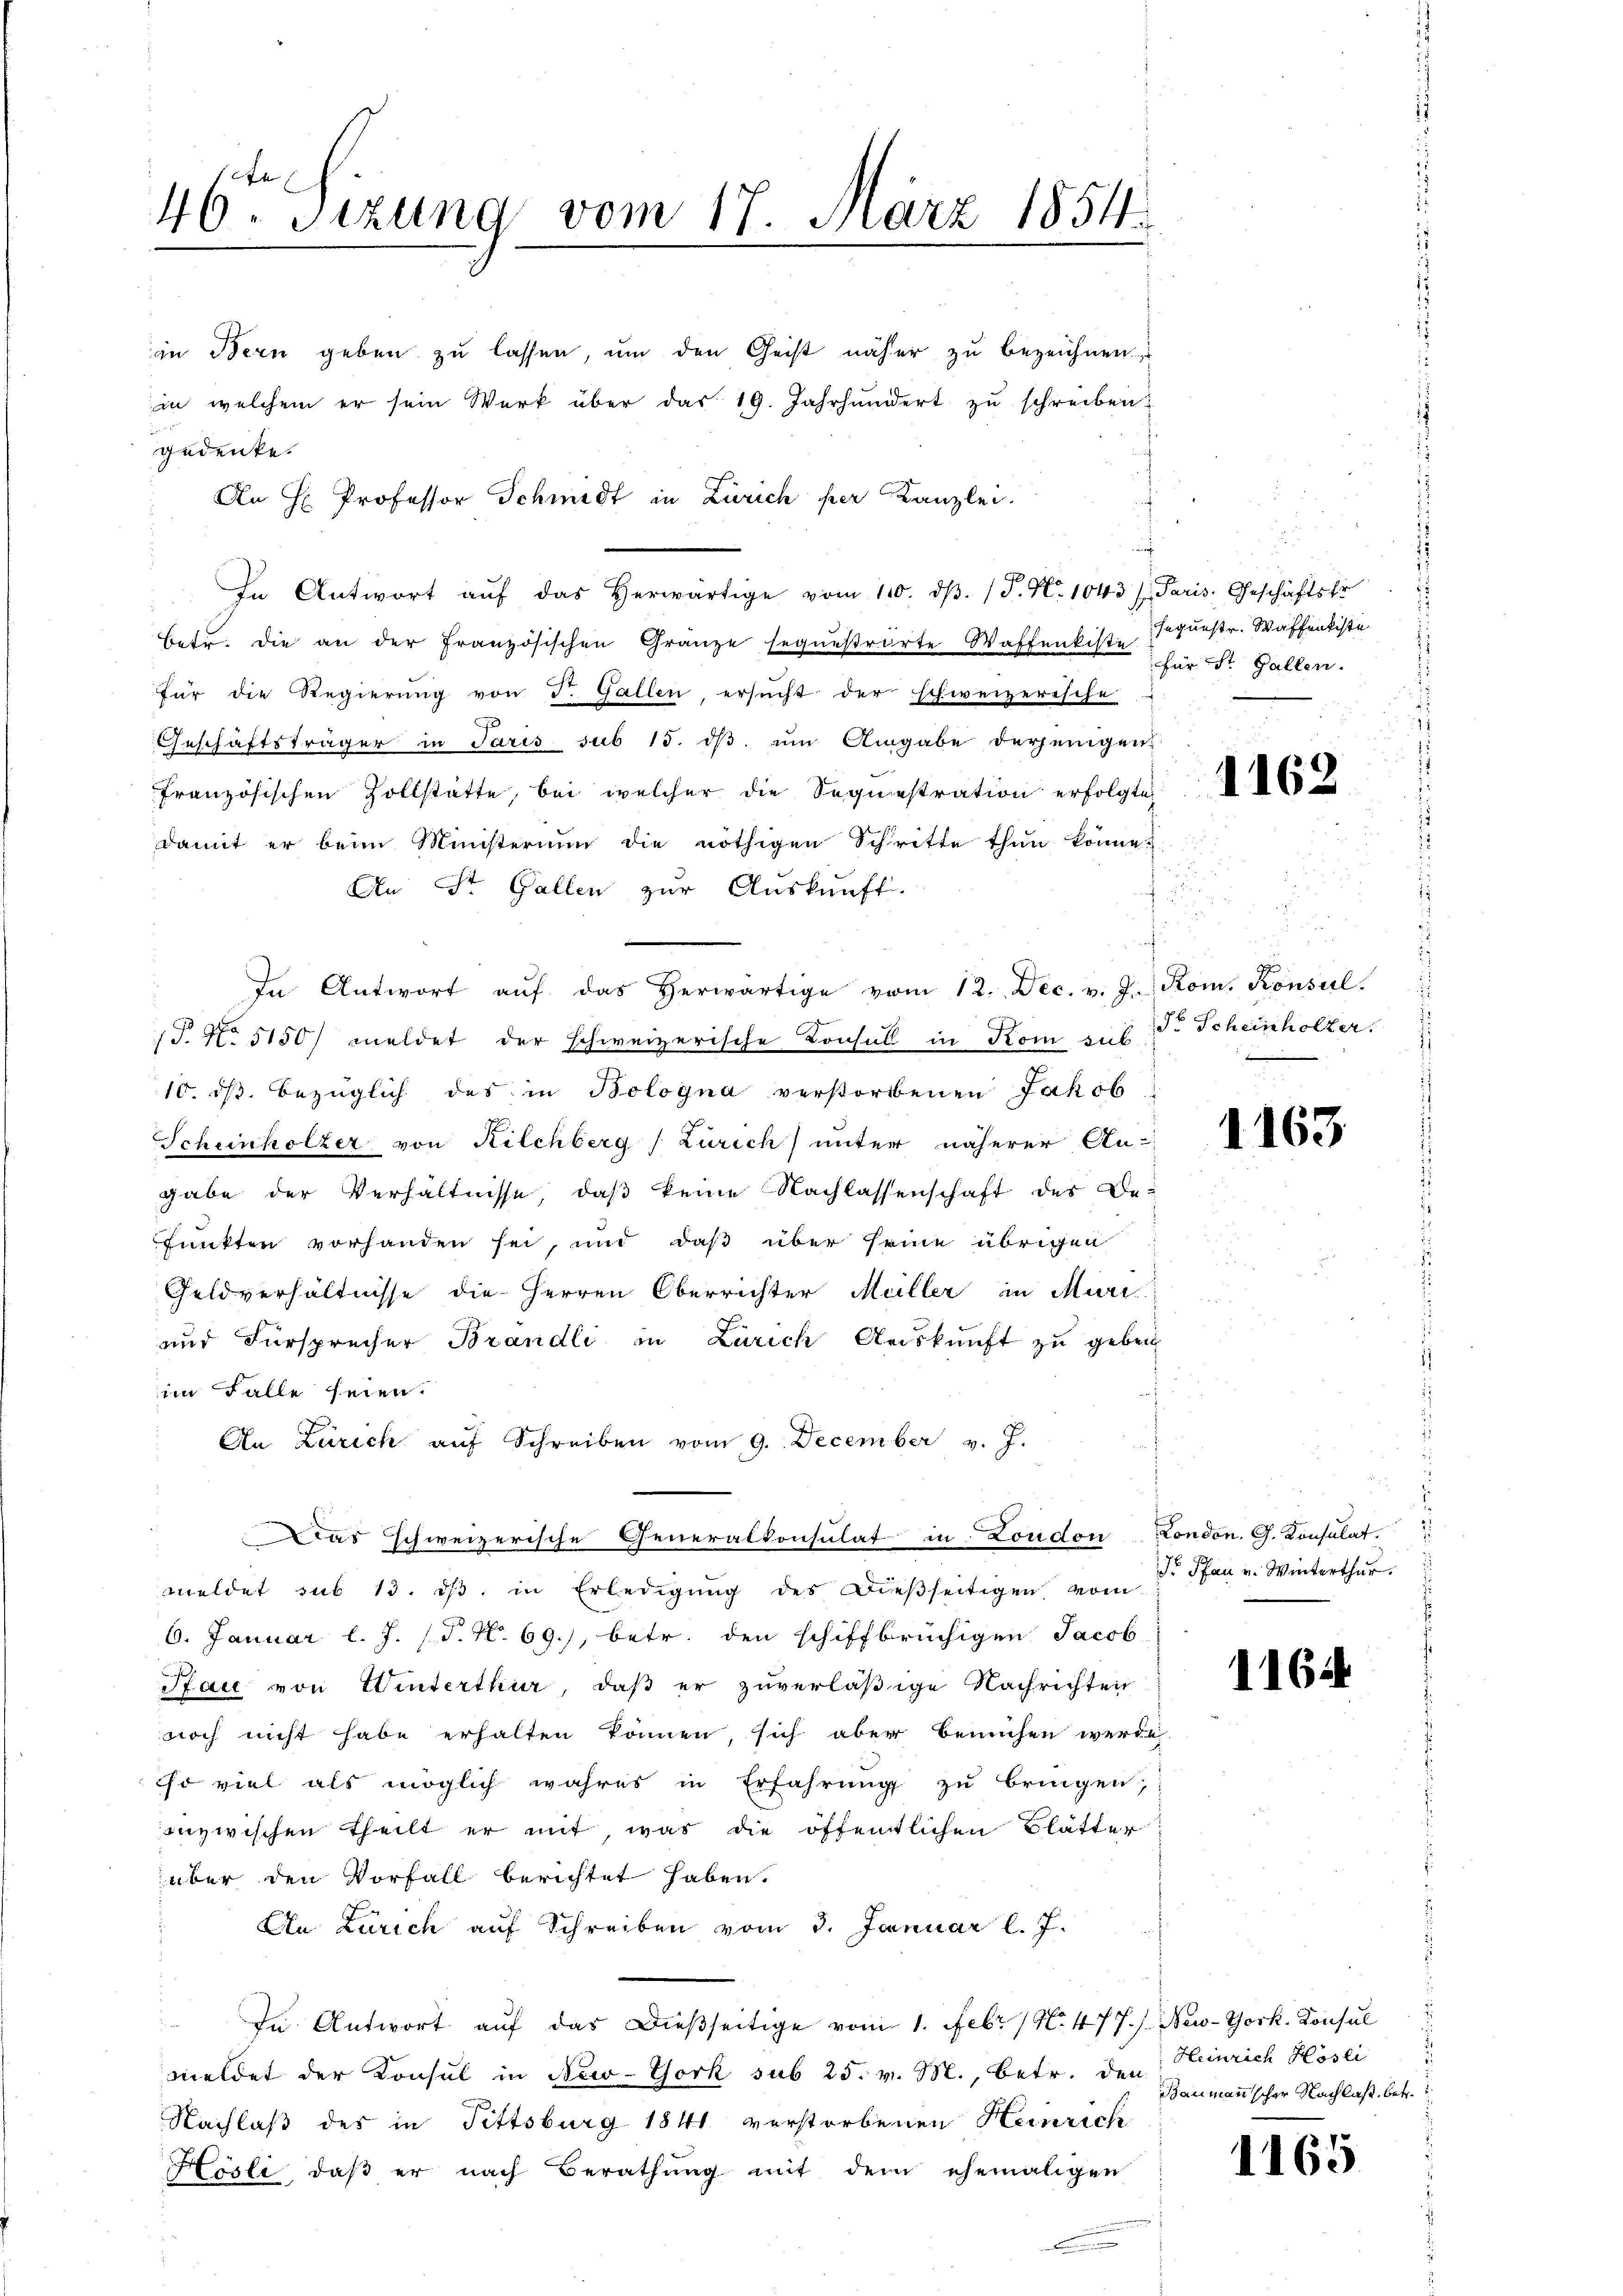
g

46ten Sizung vom 17. März 1854.

gedenke.
An H Professor Schmidt in Zürich per Kanzlei.
In Antwort aŭf das herwärtige vom 110. dβ. (T. N. 1043 /. Paris, Geschäftstr
betr. die an der Französischen Gränze segueβrarte Waffenkiste Sequestr. Waffenkiste
für die Regierung von F. Gallen, ersucht der schweizerische
Geschäftsträger in Paris sub 15. dβ um Angabe derjenigen
französischen Zollstätte, bei welcher die Sequestration erfolgte
damit er beim Ministerium die nöthigen Schritte thun könne;
An St. Gallen zur Auskunft.
In Antwort aŭf das herwärtige vom 12. Dec. v. J. Rom. Konsul
P. No 5150 meldet der schweizerische Konsul in Kom aus Dr. Scheinholzer.
10. dβ bezüglich des in Bologna verstorbenen Jakob
Scheinholzer von Kilchberg (Zürich) unter näherer An-
gabe der Verhältnisse, daβ keine Nachlassenschaft des Be-
funkten vorhanden sei, und daß über seine übrigen
Geldverhältnisse die Herren Oberrichter Meiller in Muri
und Fürsprecher Brandli in Zürich Auskunft zu geben
im Falle seien.
An Zürich aŭf Schreiben vom 9. December v. J.
Das schweizerische Generalkonsulat in London London. G. Konsulat
meldet sub 13. dβ in Erledigŭng des Dießseitigen vom
6. Januar l. J. (T. N. 69.), betr. den schiffbrüchigen Jacob
Paić von Winterthur, daß er zuverläßige Nachrichten
noch nicht habe erhalten können, sich aber bemühen werde
so viel als möglich wahres in Erfahrŭng zŭ bringen;
inzwischen Theilt er mit, was die öffentlichen Blätter
über den Vorfall berichtet haben.
An Zürich auf Schreiben vom 3. Januar l. J.
In Antwort auf das dießseitige vom 1. Febr. (N. 477.) New-York, Konsul
meldet der Konsul in New-York sub 25. v. M., betr. den
Nachlaß des in Fittsburg 1841 verstorbenen Heinrich
Hösli, daß er nach Berathung mit dem ehemaligen

in Bern geben zu lassen, um den Geist näher zu bezeichnen.
in welchem er sein Werk über das 19. Jahrhundert zŭ schreiben:

für St. Gallen.

1162

1163

r Pfau v. Winterthur.

1164

Heinrich Hösli
Baumannscher Nachlaß betr.

1165